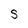
Character: s